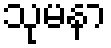
သုမနာ